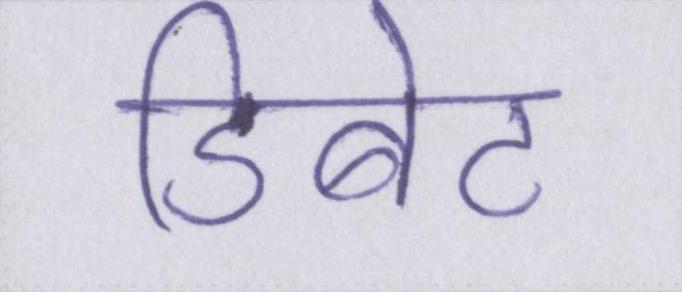
डिबेट